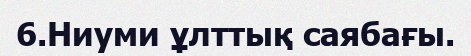
6.Ниуми ұлттық саябағы.